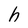
Character: h